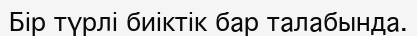
Бір түрлі биіктік бар талабында.